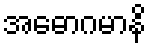
အဓောဂမာနိ